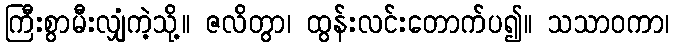
ကြီးစွာမီးလျှံကဲ့သို့။ ဇလိတွာ၊ ထွန်းလင်းတောက်ပ၍။ သသာဝကာ၊